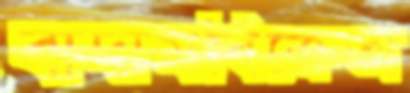
বাদামবিক্রেতা